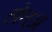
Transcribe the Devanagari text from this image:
होत्अ